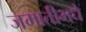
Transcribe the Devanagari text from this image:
जमातीमधे